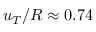
u _ { T } / R \approx 0 . 7 4